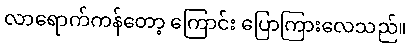
လာရောက်ကန်တော့ ကြောင်း ပြောကြားလေသည်။